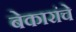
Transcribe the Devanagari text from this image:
बेकारांचे